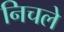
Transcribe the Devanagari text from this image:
निचले